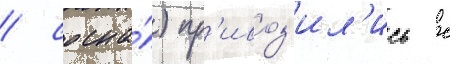
/ сосна́) пр'ивоз'ил'ись с